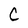
Character: C